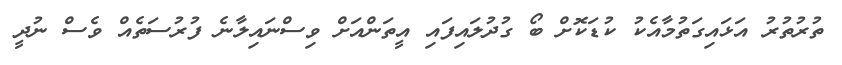
ތުރުތުރު އަޅައިގަތުމާއެކު ކުޑަކޮށް ބޯ ގުދުލައިފައި އީތަންއަށް ވިސްނައިލާނެ ފުރުސަތެއް ވެސް ނުދީ